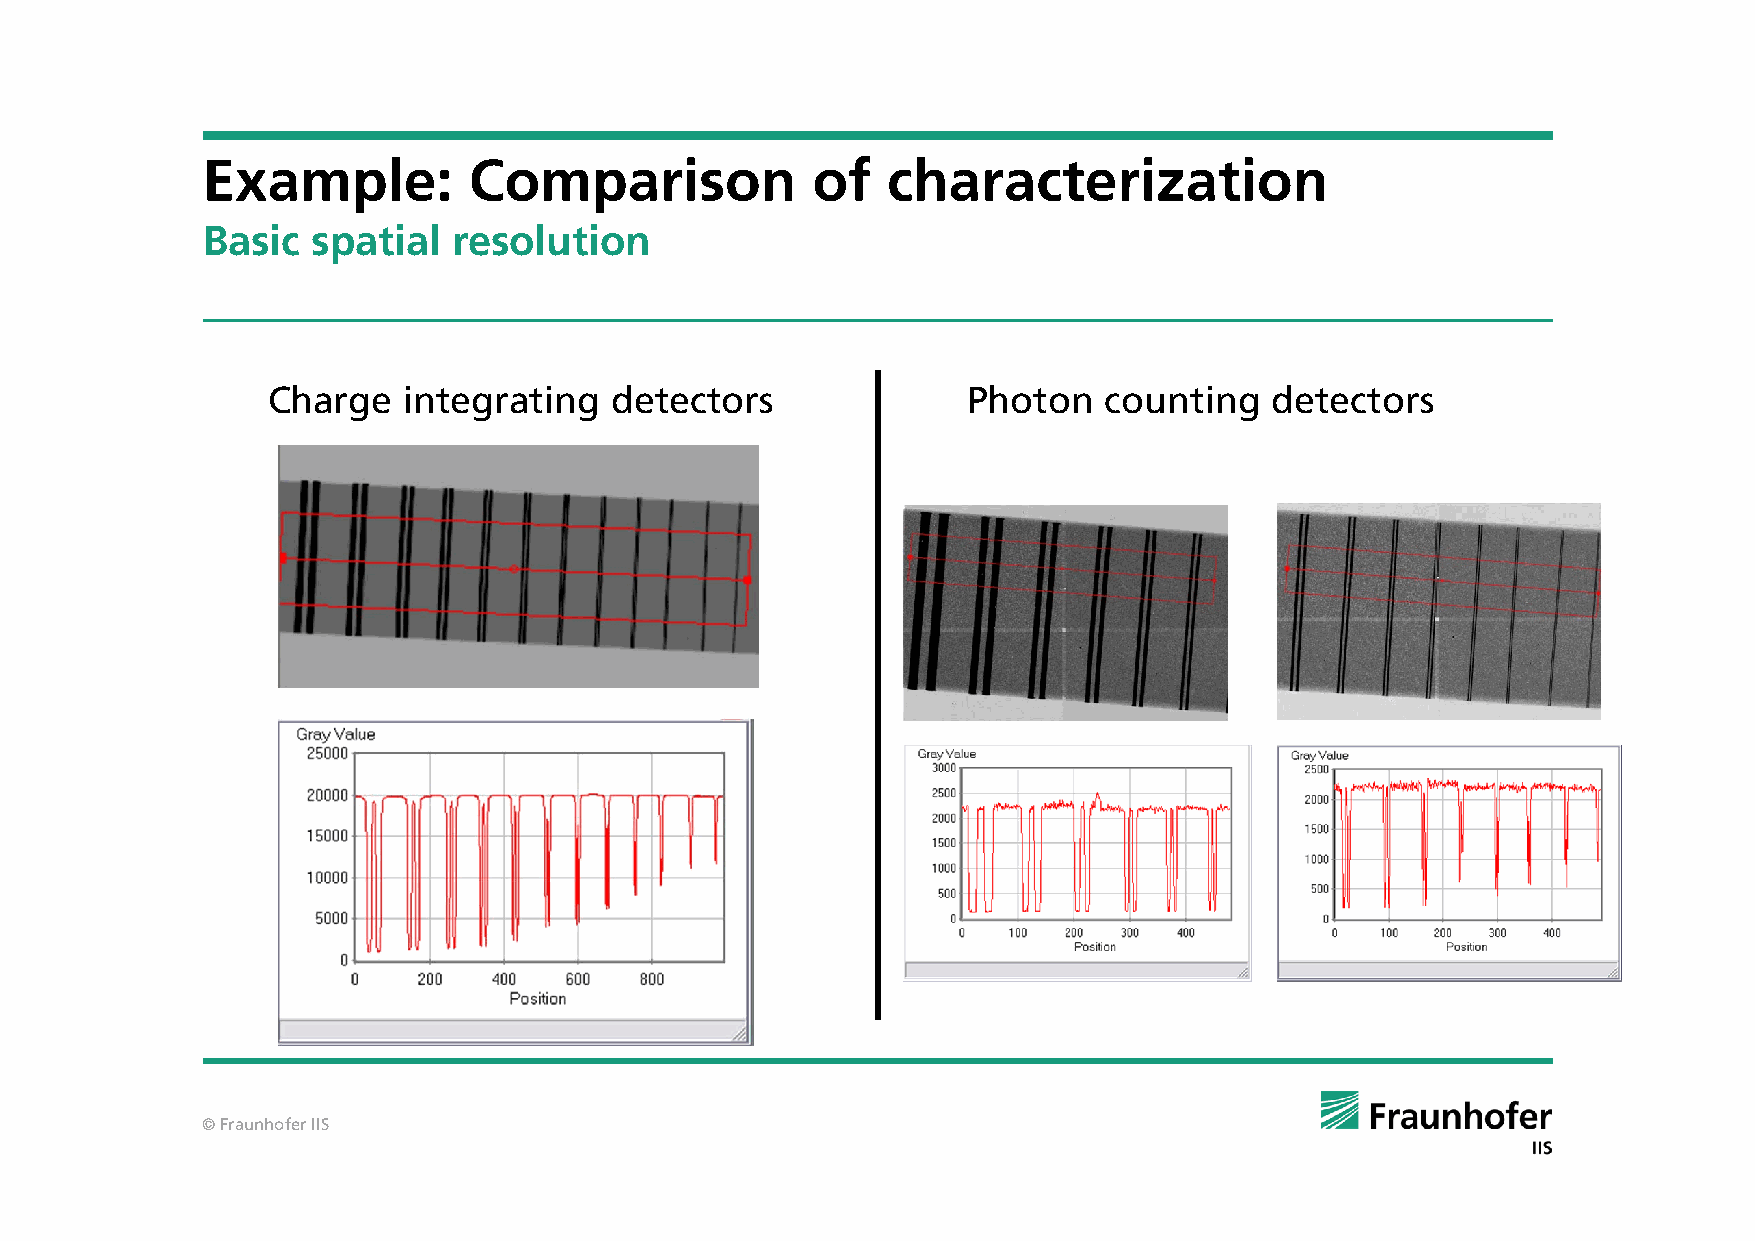
Example:          Comparison             of   characterization
 Basic   spatial  resolution
 Charge   integrating  detectors               Photon   counting   detectors
 © Fraunhofer IIS